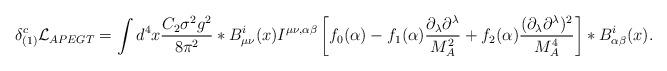
LaTeX: \begin{align*}\delta_{(1)}^c {\cal L}_{APEGT} = \int d^4x {C_2 \sigma^2 g^2 \over 8\pi^2} *B_{\mu\nu}^i(x) I^{\mu\nu,\alpha\beta} \left[ f_0(\alpha) - f_1(\alpha) {\partial_\lambda \partial^\lambda \over M_A^2} + f_2(\alpha) {(\partial_\lambda \partial^\lambda)^2 \over M_A^4} \right] *B_{\alpha\beta}^i(x) .\end{align*}